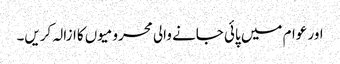
اور عوام میں پائی جانے والی محرومیوں کاازالہ کریں۔